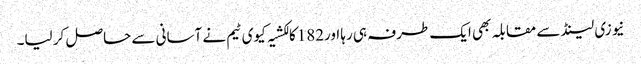
نیوزی لینڈ سے مقابلہ بھی ایک طرفہ ہی رہا اور182کا لکشیہ کیوی ٹیم نے آسانی سے حاصل کر لیا۔